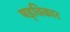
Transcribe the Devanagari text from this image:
षड्विकार